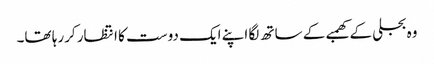
وہ بجلی کے کھمبے کے ساتھ لگا اپنے ایک دوست کا انتظار کررہا تھا۔